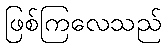
ဖြစ်ကြလေသည်